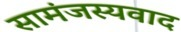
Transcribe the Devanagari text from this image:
सामंजस्यवाद